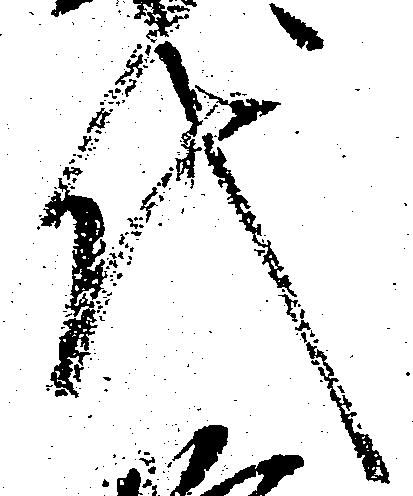
代